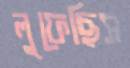
লুফেছিস